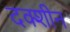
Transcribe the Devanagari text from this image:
दक्शीन